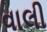
વાલી